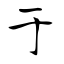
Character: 于